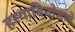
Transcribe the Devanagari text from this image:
हस्याविनोडणे